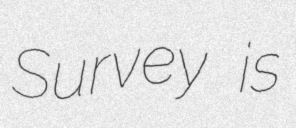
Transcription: Survey is